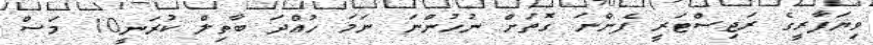
ވިޔަފާރީގެ ރަޖިސްޓަރީ ފެންނަ ގޮތަށް ނުހުންނަ ނަމަ ހުއްދަ ބާތިލް ކުރަނީ10 މަސް